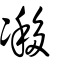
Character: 𠗺